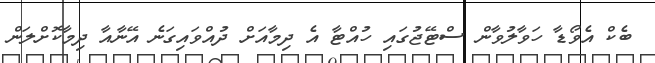
ބެކް އެވޯޑާ ހަވާލުވާން ސްޓޭޖުގައި ހުއްޓާ އެ ދިމާއަށް ދުއްވައިގަނެ އޭނާއާ ދިމާކޮށްލަން